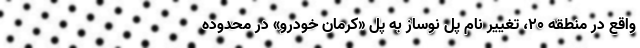
واقع در منطقه ۲۰، تغییر نام پل نوساز به پل «کرمان خودرو» در محدوده